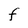
Character: F